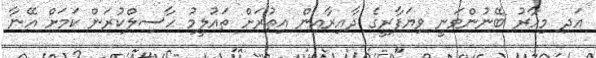
އަދި މިހާރު ބޭނުންވަނީ ވިޔަފާރީގެ ދާއިރާއިން އިތުރަށް ތައުލީމު ހާސިލްކުރަން ކަމަށް އޭނާ